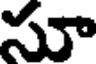
సూ